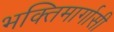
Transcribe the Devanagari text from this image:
भक्तिमार्गासी